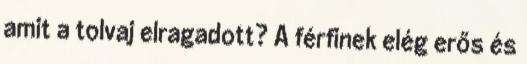
amit a tolvaj elragadott? A férfinek elég erős és